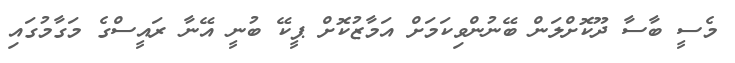
މެސީ ބާސާ ދޫކޮށްލަން ބޭނުންވިކަމަށް އަމާޒުކޮށް ޕީކޭ ބުނީ އޭނާ ރައީސްގެ މަގާމުގައި